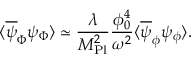
\langle \overline { { { \psi } } } _ { \Phi } \psi _ { \Phi } \rangle \simeq \frac { \lambda } { M _ { \mathrm { P l } } ^ { 2 } } \frac { \phi _ { 0 } ^ { 4 } } { \omega ^ { 2 } } \langle \overline { { { \psi } } } _ { \phi } \psi _ { \phi } \rangle .